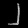
Digit: ၂